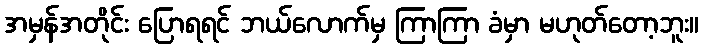
အမှန်အတိုင်း ပြောရရင် ဘယ်လောက်မှ ကြာကြာ ခံမှာ မဟုတ်တော့ဘူး။